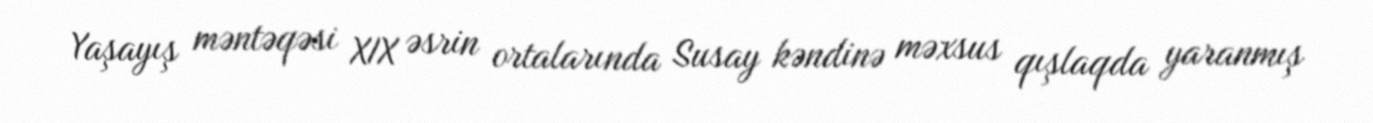
Yaşayış məntəqəsi XIX əsrin ortalarında Susay kəndinə məxsus qışlaqda yaranmış